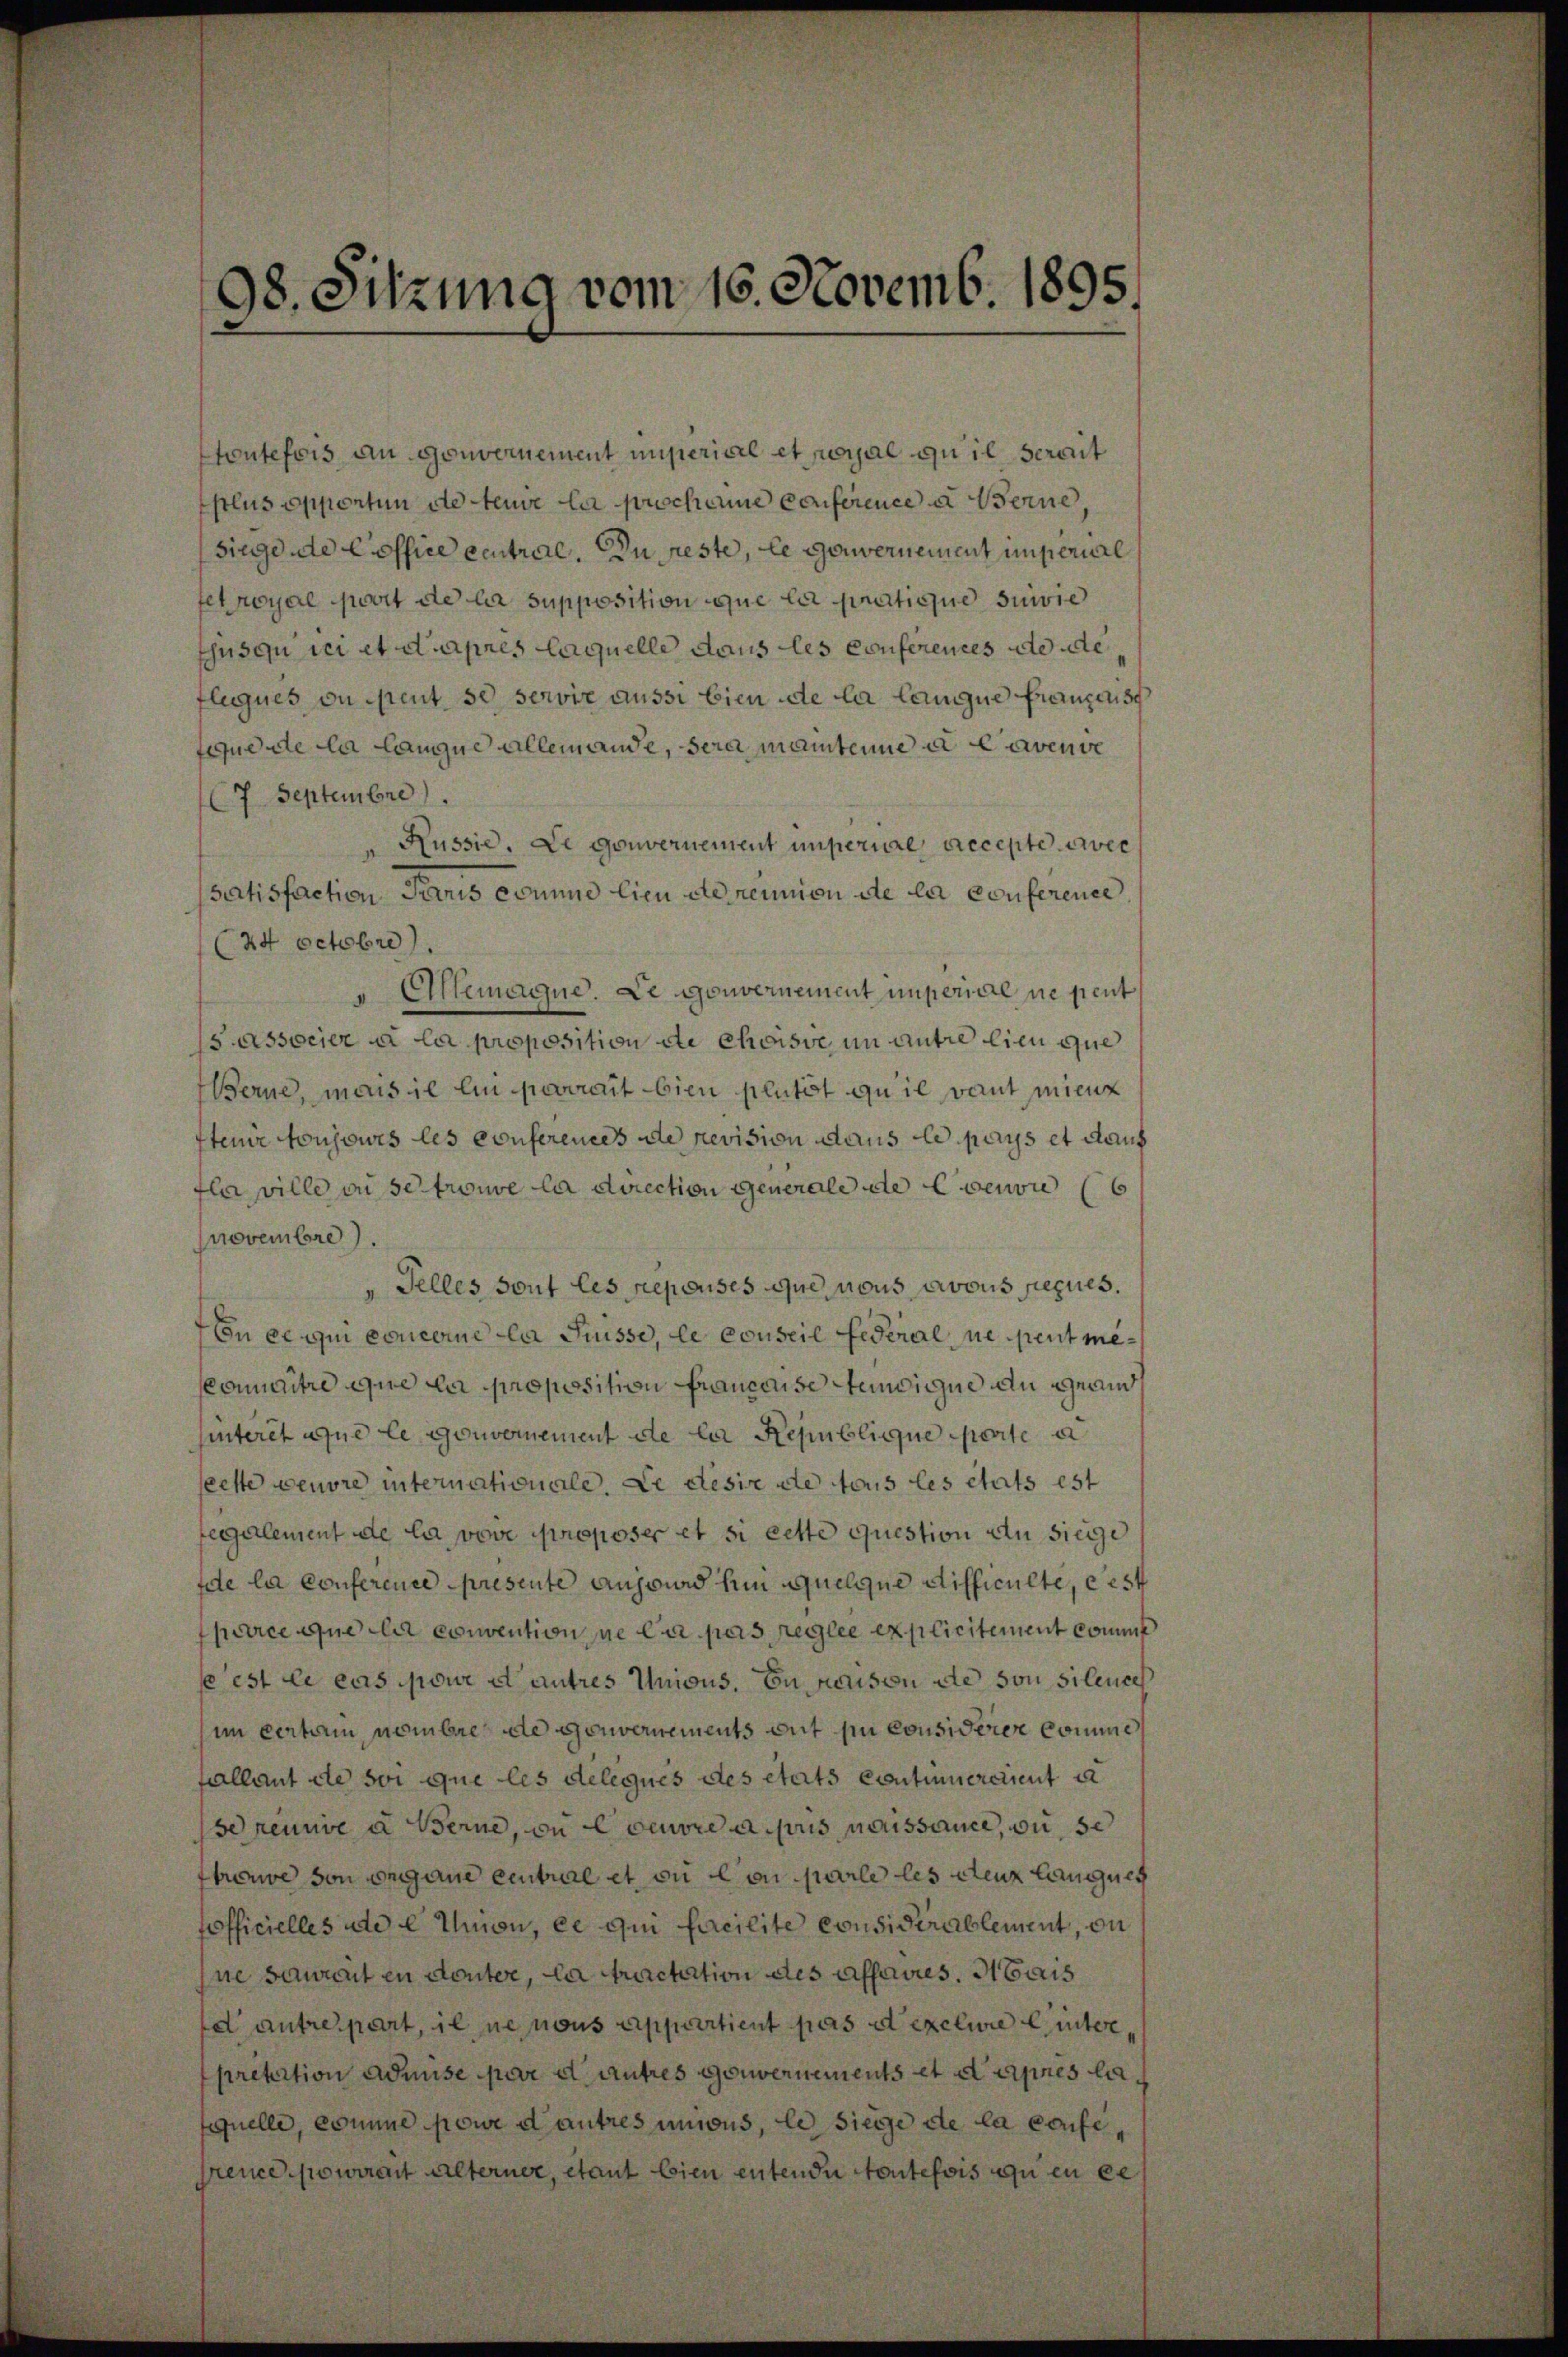
toutefois an Gouvernement unserial et poyal quil serait
stlus oppontum de teure la prochanie Conference a Weine,
siege de Cooffice central. Du feste, le Gouvernement imperial
ferroyal port de la supposition que le pratique suivie
thus ou der et d’après laquelle dans les conferences de de
flugues ou peut se servie aussi bien de la langue Franzen s
Feudate la langue allemande, sera mainterne e avenie
7 Septembre).
" Russie. Le gouvernement unperial, accepte avec
satisfaction Paris comme lieu de neunion de la conference
24 octobre)
" Eilemagne. Le gouvernement unperial ne peut
s associer à la proposition de choisse, in antre lieu que
Werne, mais il ein parrait bien plutit qu’il vaut mienz
tenir toujowis les conferentes de revision dans le pays et dans
fler wille ou se trouve la direction generale die Evenon
novembre).
"Felles sont les repouses que nous avous seques.
En ce qui concerne la Suisse, le conseil Federal ne peut mesconnaitre que la proposition francese Steidigue an geri
hinteret une le gouvernement de la Republique porte a
seeste vendre internationale. Le desie de tous les états est
fegalement de la voie proposer et si cette question an siege
fde la conference presente aus wird hin quelque difficulte, erst
fparce que le convention ne la pas reglee explicitement comm
fe est le cas pour et autres Unions. En person de son silences
im vertain nombre de Gouvernements mit in Considerer Commi
fallant de soi que les deleques des etats continuerdient u
se reunde u Berne, ou loeuvre aus nouissance, wie se
trouve von organe central et ou con parle les ceux langues
tofficielles ade e non, ce qui facilite considérablement, on
hne saurent en douter, la tractation des affaires. Mais
d antrepart, il ne nous appartient pas et exclure Einter
pretition admise par d. autres Gouvernements et dannes lafquelle, comme pour d’autres unions, le siege de la cause,
frence pourrait alterner, etaut bien entende toutefois zu en ce

98. Sitzung vom 16. Novemb. 1895.